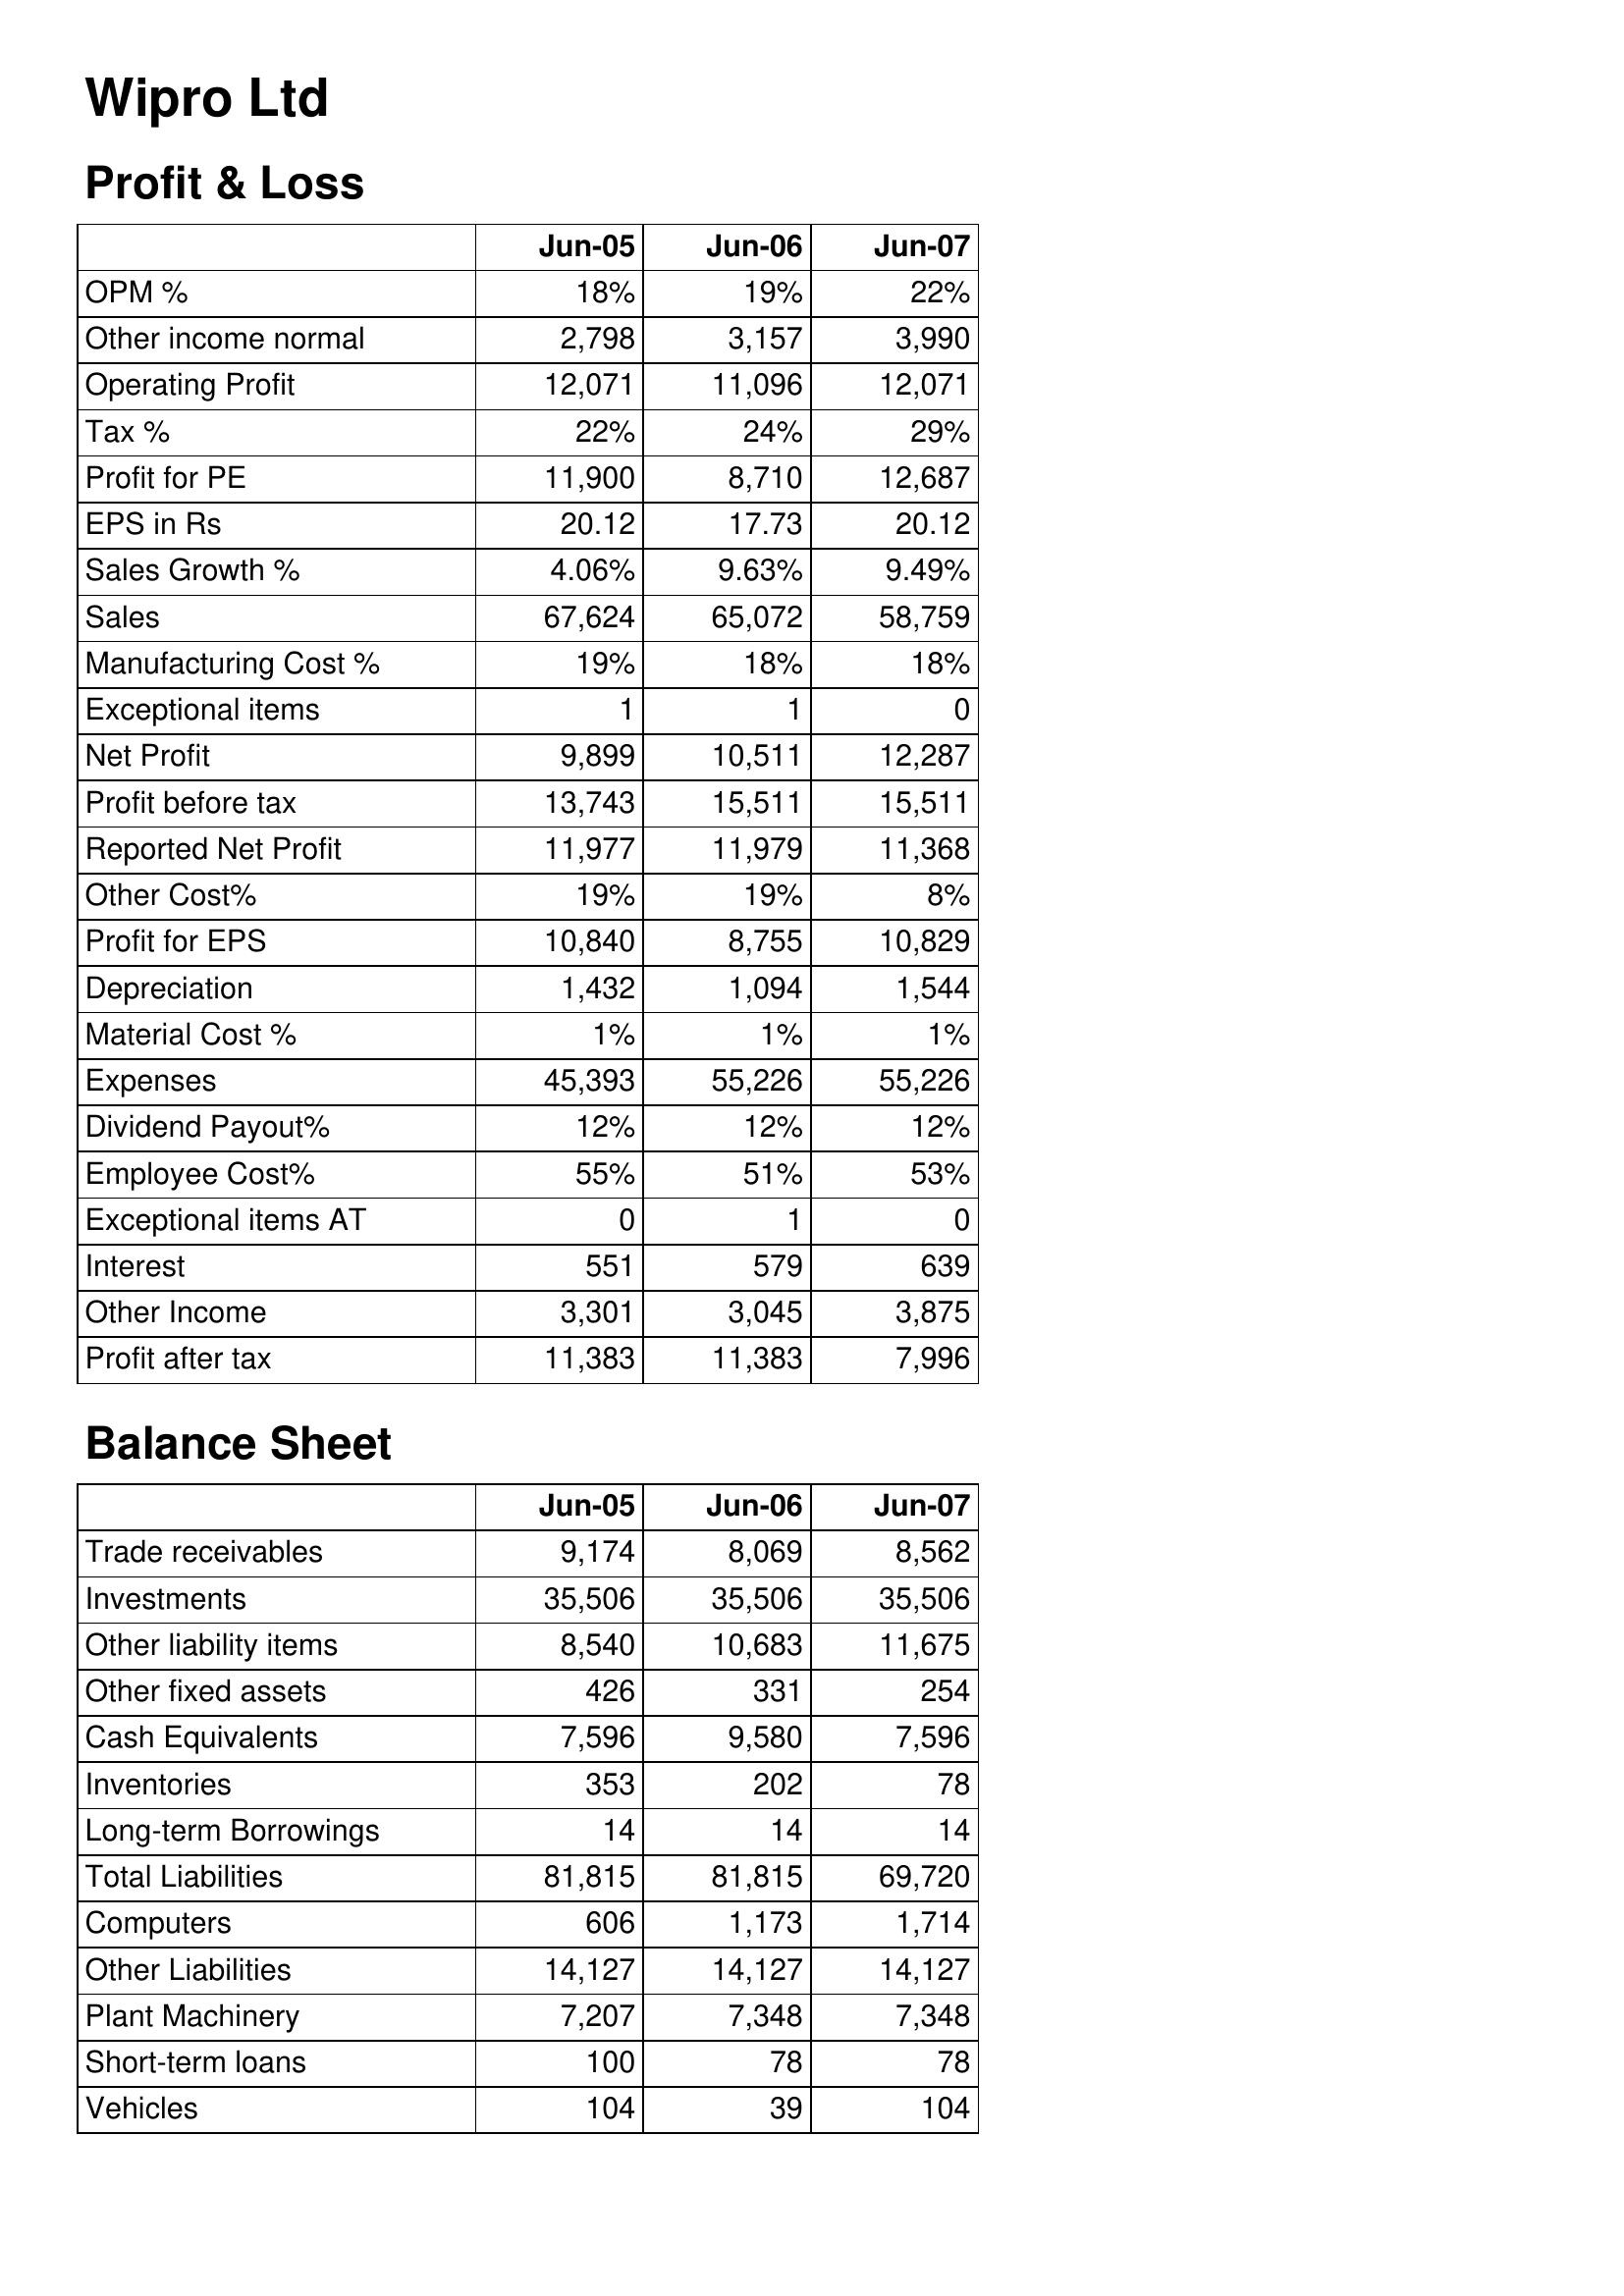
Jun-05: Profit & Loss: OPM %: 18%
Other income normal: 2,798
Operating Profit: 12,071
Tax %: 22%
Profit for PE: 11,900
EPS in Rs: 20.12
Sales Growth %: 4.06%
Sales: 67,624
Manufacturing Cost %: 19%
Exceptional items: 1
Net Profit: 9,899
Profit before tax: 13,743
Reported Net Profit: 11,977
Other Cost%: 19%
Profit for EPS: 10,840
Depreciation: 1,432
Material Cost %: 1%
Expenses: 45,393
Dividend Payout%: 12%
Employee Cost%: 55%
Exceptional items AT: 0
Interest: 551
Other Income: 3,301
Profit after tax: 11,383
Balance Sheet: Trade receivables: 9,174
Investments: 35,506
Other liability items: 8,540
Other fixed assets: 426
Cash Equivalents: 7,596
Inventories: 353
Long-term Borrowings: 14
Total Liabilities: 81,815
Computers: 606
Other Liabilities: 14,127
Plant Machinery: 7,207
Short-term loans: 100
Vehicles: 104
Jun-06: Profit & Loss: OPM %: 19%
Other income normal: 3,157
Operating Profit: 11,096
Tax %: 24%
Profit for PE: 8,710
EPS in Rs: 17.73
Sales Growth %: 9.63%
Sales: 65,072
Manufacturing Cost %: 18%
Exceptional items: 1
Net Profit: 10,511
Profit before tax: 15,511
Reported Net Profit: 11,979
Other Cost%: 19%
Profit for EPS: 8,755
Depreciation: 1,094
Material Cost %: 1%
Expenses: 55,226
Dividend Payout%: 12%
Employee Cost%: 51%
Exceptional items AT: 1
Interest: 579
Other Income: 3,045
Profit after tax: 11,383
Balance Sheet: Trade receivables: 8,069
Investments: 35,506
Other liability items: 10,683
Other fixed assets: 331
Cash Equivalents: 9,580
Inventories: 202
Long-term Borrowings: 14
Total Liabilities: 81,815
Computers: 1,173
Other Liabilities: 14,127
Plant Machinery: 7,348
Short-term loans: 78
Vehicles: 39
Jun-07: Profit & Loss: OPM %: 22%
Other income normal: 3,990
Operating Profit: 12,071
Tax %: 29%
Profit for PE: 12,687
EPS in Rs: 20.12
Sales Growth %: 9.49%
Sales: 58,759
Manufacturing Cost %: 18%
Exceptional items: 0
Net Profit: 12,287
Profit before tax: 15,511
Reported Net Profit: 11,368
Other Cost%: 8%
Profit for EPS: 10,829
Depreciation: 1,544
Material Cost %: 1%
Expenses: 55,226
Dividend Payout%: 12%
Employee Cost%: 53%
Exceptional items AT: 0
Interest: 639
Other Income: 3,875
Profit after tax: 7,996
Balance Sheet: Trade receivables: 8,562
Investments: 35,506
Other liability items: 11,675
Other fixed assets: 254
Cash Equivalents: 7,596
Inventories: 78
Long-term Borrowings: 14
Total Liabilities: 69,720
Computers: 1,714
Other Liabilities: 14,127
Plant Machinery: 7,348
Short-term loans: 78
Vehicles: 104